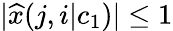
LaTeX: |{\widehat x}(j,i|c_{1})|\le 1